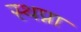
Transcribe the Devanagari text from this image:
स्थप्ना